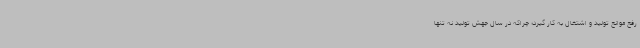
رفع موانع تولید و اشتغال به کار گیرد؛ چراکه در سال جهش تولید نه تنها